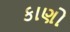
કાણો